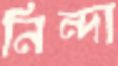
নিন্দা